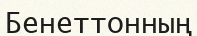
Бенеттонның